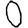
Digit: 0